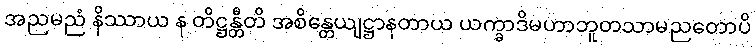
အညမညံ နိဿာယ န တိဋ္ဌန္တီတိ အစိန္တေယျဋ္ဌာနတာယ ယက္ခာဒိမဟာဘူတသာမညတောပိ